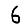
Digit: 6